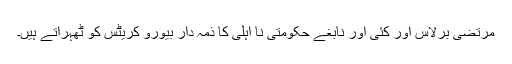
مرتضیٰ برلاس اور کئی اور نابغے حکومتی نا اہلی کا ذمہ دار بیورو کریٹس کو ٹھہراتے ہیں۔